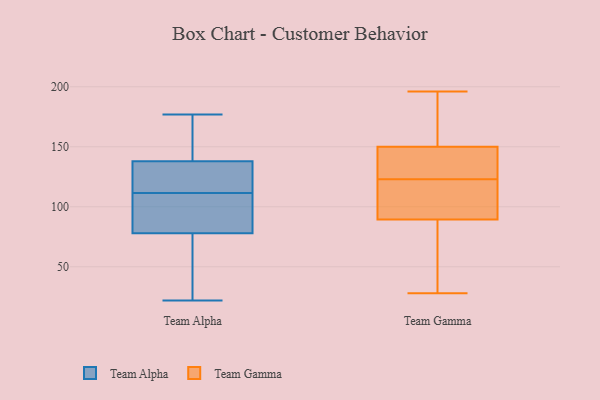
{"axis": {"x": "Production Output", "y": "Value"}, "legend": ["Team Alpha", "Team Gamma"], "data": [{"x": "", "y": 177, "type": "Team Alpha"}, {"x": "", "y": 96, "type": "Team Alpha"}, {"x": "", "y": 137, "type": "Team Alpha"}, {"x": "", "y": 141, "type": "Team Alpha"}, {"x": "", "y": 138, "type": "Team Alpha"}, {"x": "", "y": 22, "type": "Team Alpha"}, {"x": "", "y": 44, "type": "Team Alpha"}, {"x": "", "y": 82, "type": "Team Alpha"}, {"x": "", "y": 113, "type": "Team Alpha"}, {"x": "", "y": 127, "type": "Team Alpha"}, {"x": "", "y": 171, "type": "Team Alpha"}, {"x": "", "y": 78, "type": "Team Alpha"}, {"x": "", "y": 32, "type": "Team Alpha"}, {"x": "", "y": 110, "type": "Team Alpha"}, {"x": "", "y": 111, "type": "Team Gamma"}, {"x": "", "y": 89, "type": "Team Gamma"}, {"x": "", "y": 102, "type": "Team Gamma"}, {"x": "", "y": 135, "type": "Team Gamma"}, {"x": "", "y": 162, "type": "Team Gamma"}, {"x": "", "y": 196, "type": "Team Gamma"}, {"x": "", "y": 76, "type": "Team Gamma"}, {"x": "", "y": 90, "type": "Team Gamma"}, {"x": "", "y": 28, "type": "Team Gamma"}, {"x": "", "y": 145, "type": "Team Gamma"}, {"x": "", "y": 93, "type": "Team Gamma"}, {"x": "", "y": 155, "type": "Team Gamma"}, {"x": "", "y": 138, "type": "Team Gamma"}, {"x": "", "y": 176, "type": "Team Gamma"}, {"x": "", "y": 136, "type": "Team Gamma"}, {"x": "", "y": 71, "type": "Team Gamma"}]}